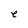
Character: e